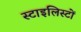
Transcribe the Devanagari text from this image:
स्टाइलिस्टों